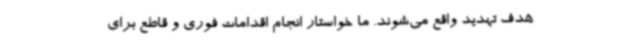
هدف تهدید واقع می‌شوند. ما خواستار انجام اقدامات فوری و قاطع برای